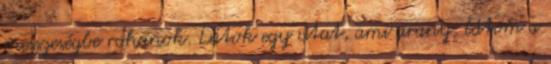
messzeségbe rohanok. Látok egy utat, ami arany, látom a